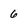
Character: 6